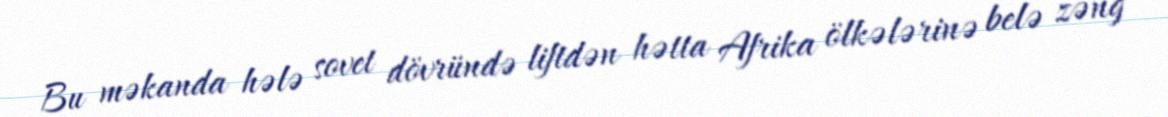
Bu məkanda hələ sovet dövründə liftdən hətta Afrika ölkələrinə belə zəng